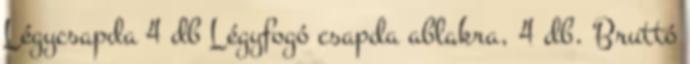
Légycsapda 4 db Légyfogó csapda ablakra, 4 db. Bruttó